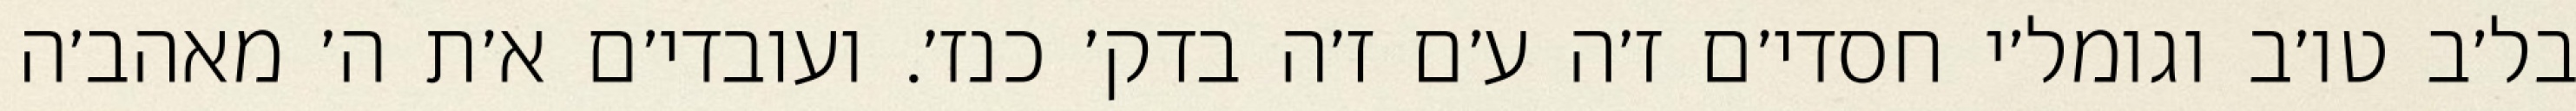
בל׳ב טו׳ב וגומל׳י חסדי׳ם ז׳ה ע׳ם ז׳ה בדק׳ כנז׳. ועובדי׳ם א׳ת ה׳ מאהב׳ה